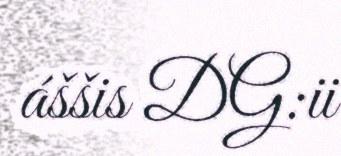
áššis DG:ii